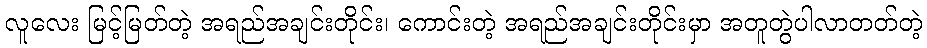
လူလေး မြင့်မြတ်တဲ့ အရည်အချင်းတိုင်း၊ ကောင်းတဲ့ အရည်အချင်းတိုင်းမှာ အတူတွဲပါလာတတ်တဲ့